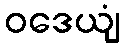
ဝဒေယျံ